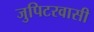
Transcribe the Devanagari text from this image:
जुपिटरवासी